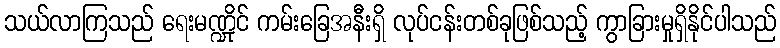
သယ်လာကြသည် ရေးမဏ္ဍိုင် ကမ်းခြေအနီးရှိ လုပ်ငန်းတစ်ခုဖြစ်သည့် ကွာခြားမှုရှိနိုင်ပါသည်